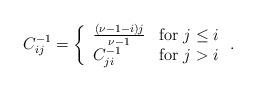
LaTeX: \begin{align*}C^{-1}_{ij}=\left\{ \begin{array}{ll} \frac{(\nu-1-i)j}{\nu-1}& {\rm for}\; j\leq i \\ C^{-1}_{ji} & {\rm for}\; j>i \end{array} \right. .\end{align*}